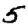
Digit: 5